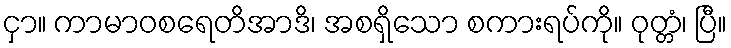
ငှာ။ ကာမာဝစရေတိအာဒိ၊ အစရှိသော စကားရပ်ကို။ ဝုတ္တံ၊ ပြီ။